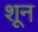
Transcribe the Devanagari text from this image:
शून